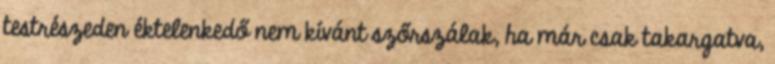
testrészeden éktelenkedő nem kívánt szőrszálak, ha már csak takargatva,